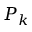
P _ { k }